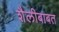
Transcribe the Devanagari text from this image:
शैलीबाबत